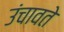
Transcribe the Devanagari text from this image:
उंचावते